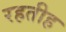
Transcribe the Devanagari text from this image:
रहतीह